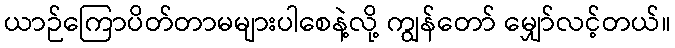
ယာဉ်ကြောပိတ်တာမများပါစေနဲ့လို့ ကျွန်တော် မျှော်လင့်တယ်။